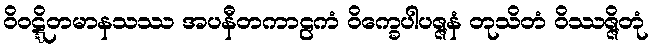
ဝိဝဋ္ဋိတမာနသဿ အပနီတကာဠကံ ဝိက္ခေပါပဇ္ဇနံ တုသိတံ ဝိဿဇ္ဇိတုံ